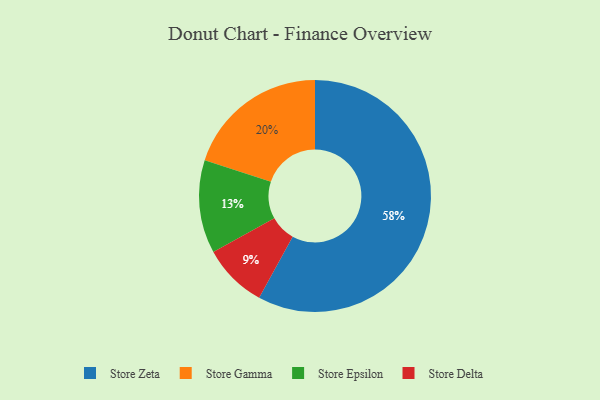
{"axis": {"x": "Category", "y": "Percentage"}, "legend": ["Store Delta", "Store Epsilon", "Store Gamma", "Store Zeta"], "data": [{"x": "Store Epsilon", "y": 13, "type": "Store Epsilon"}, {"x": "Store Gamma", "y": 20, "type": "Store Gamma"}, {"x": "Store Zeta", "y": 58, "type": "Store Zeta"}, {"x": "Store Delta", "y": 9, "type": "Store Delta"}]}